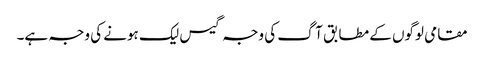
مقامی لوگوں کے مطابق آگ کی وجہ گیس لیک ہونے کی وجہ ہے۔